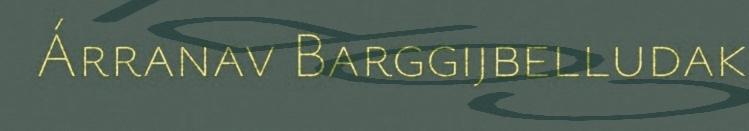
Árranav Barggijbelludak